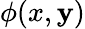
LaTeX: \phi(x,\mathbf{y})